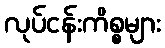
လုပ်ငန်းကိစ္စများ